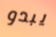
يبدو